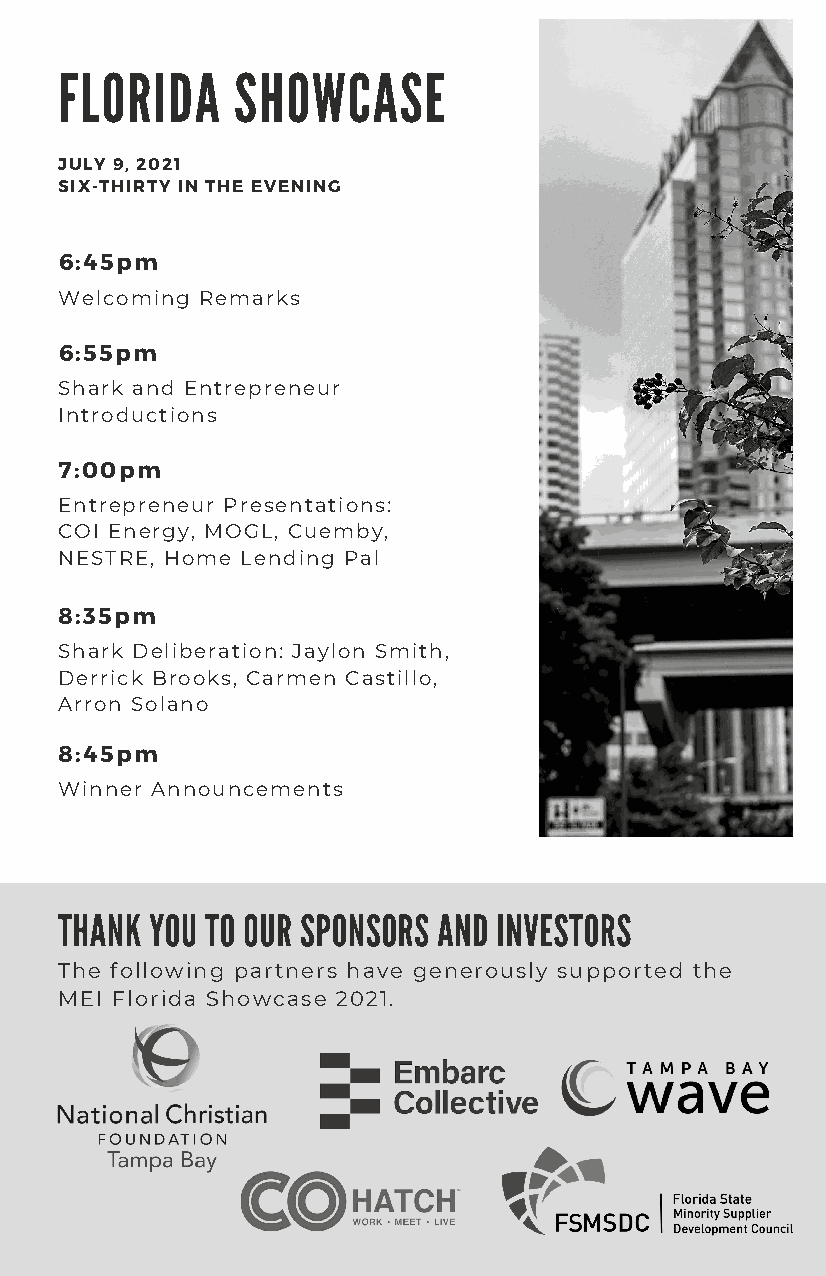
FLORIDA    SHOWCASE
 JULY 9, 2021
 SIX-THIRTY IN THE EVENING
 6:45pm
 Welcoming Remarks
 6:55pm
 Shark and Entrepreneur
 Introductions
 7:00pm
 Entrepreneur Presentations:
 COI Energy, MOGL, Cuemby,
 NESTRE, Home Lending Pal
 8:35pm
 Shark Deliberation: Jaylon Smith,
 Derrick Brooks, Carmen Castillo,
 Arron Solano
 8:45pm
 Winner Announcements
 THANK YOU TO OUR SPONSORS AND INVESTORS
 The following partners have generously supported the
 MEI Florida Showcase 2021.